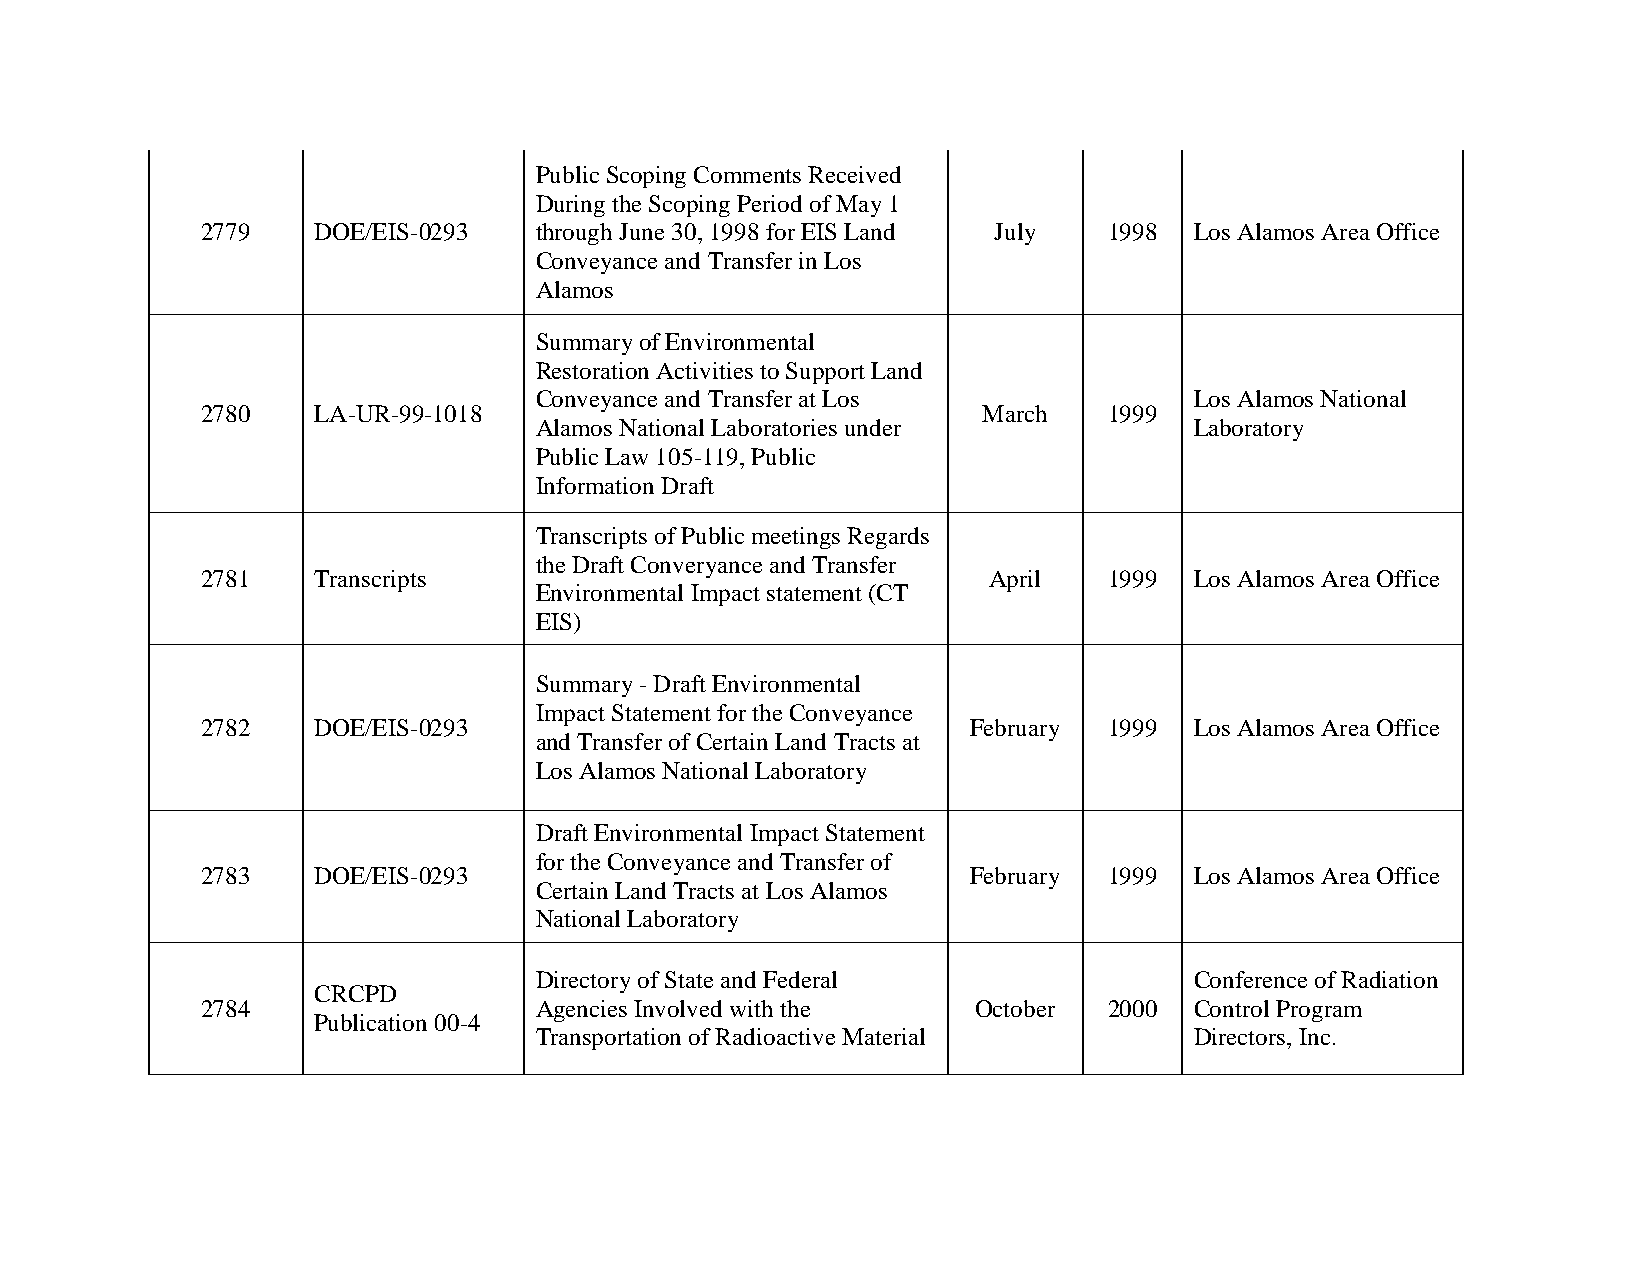
Public Scoping Comments Received
 During the Scoping Period of May 1
 2779    DOE/EIS-0293  through June 30, 1998 for EIS Land July 1998 Los Alamos Area Office
 Conveyance and Transfer in Los
 Alamos
 Summary of Environmental
 Restoration Activities to Support Land
 Conveyance and Transfer at Los              Los Alamos National
 2780    LA-UR-99-1018                               March   1999
 Alamos National Laboratories under          Laboratory
 Public Law 105-119, Public
 Information Draft
 Transcripts of Public meetings Regards
 the Draft Converyance and Transfer
 2781    Transcripts                                 April   1999  Los Alamos Area Office
 Environmental Impact statement (CT
 EIS)
 Summary - Draft Environmental
 Impact Statement for the Conveyance
 2782    DOE/EIS-0293                               February 1999  Los Alamos Area Office
 and Transfer of Certain Land Tracts at
 Los Alamos National Laboratory
 Draft Environmental Impact Statement
 for the Conveyance and Transfer of
 2783    DOE/EIS-0293                               February 1999  Los Alamos Area Office
 Certain Land Tracts at Los Alamos
 National Laboratory
 Directory of State and Federal              Conference of Radiation
 CRCPD
 2784                  Agencies Involved with the   October  2000  Control Program
 Publication 00-4
 Transportation of Radioactive Material      Directors, Inc.